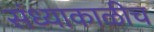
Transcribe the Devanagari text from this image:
संध्याकाळीच